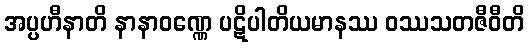
အပ္ပဟီနာတိ နာနာဝဏ္ဏေ ပဋိပါတိယမာနဿ ဝဿသတဇီဝီတိ